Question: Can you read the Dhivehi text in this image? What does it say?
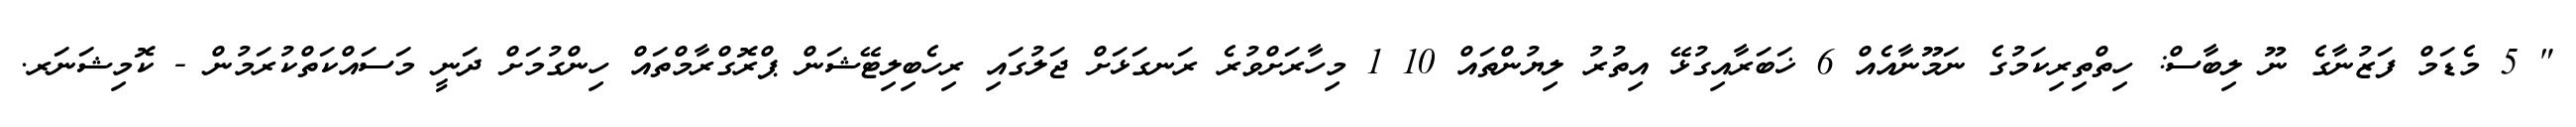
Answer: " 5 މެޑަމް ފަޒުނާގެ ނޫ ލިބާސް: ހިތްތިރިކަމުގެ ނަމޫނާއެއް 6 ޚަބަރާއިގުޅޭ އިތުރު ލިޔުންތައް 10 1 މިހާރަށްވުރެ ރަނގަޅަށް ޖަލުގައި ރިހެބިލިޓޭޝަން ޕްރޮގްރާމްތައް ހިންގުމަށް ދަނީ މަސައްކަތްކުރަމުން - ކޮމިޝަނަރ.